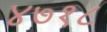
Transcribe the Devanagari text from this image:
४७१८